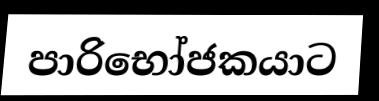
පාරිභෝජකයාට